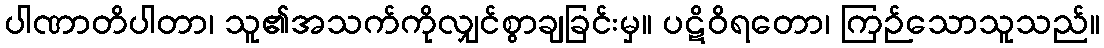
ပါဏာတိပါတာ၊ သူ၏အသက်ကိုလျှင်စွာချခြင်းမှ။ ပဋိဝိရတော၊ ကြဉ်သောသူသည်။